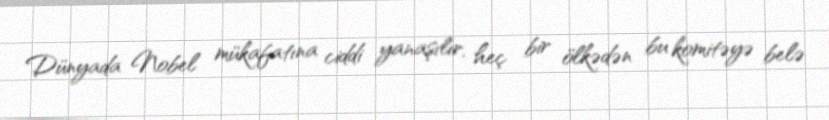
Dünyada Nobel mükafatına ciddi yanaşılır, heç bir ölkədən bu komitəyə belə